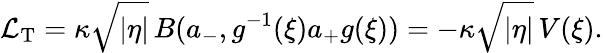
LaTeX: \mathcal L_{\mathrm T}=\kappa\sqrt{|\eta|}\, B(a_{-},g^{-1}(\xi)a_{+}g(\xi))=-\kappa\sqrt{|\eta|}\, V(\xi).